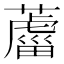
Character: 𦿊